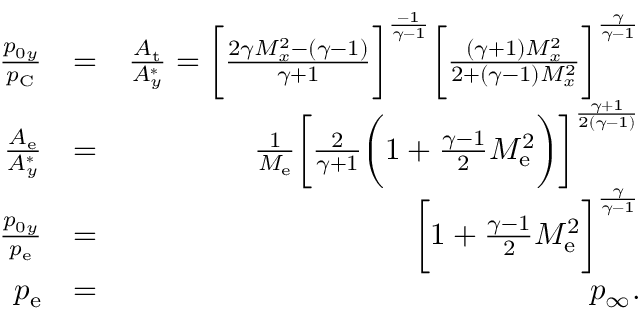
\begin{array} { r l r } { \frac { p _ { 0 y } } { p _ { \mathrm { C } } } } & { = } & { \frac { A _ { \mathrm { t } } } { A _ { y } ^ { * } } = \bigg [ \frac { 2 \gamma M _ { x } ^ { 2 } - ( \gamma - 1 ) } { \gamma + 1 } \bigg ] ^ { \frac { - 1 } { \gamma - 1 } } \bigg [ \frac { ( \gamma + 1 ) M _ { x } ^ { 2 } } { 2 + ( \gamma - 1 ) M _ { x } ^ { 2 } } \bigg ] ^ { \frac { \gamma } { \gamma - 1 } } } \\ { \frac { A _ { \mathrm { e } } } { A _ { y } ^ { * } } } & { = } & { \frac { 1 } { M _ { \mathrm { e } } } \bigg [ \frac { 2 } { \gamma + 1 } \bigg ( 1 + \frac { \gamma - 1 } { 2 } M _ { \mathrm { e } } ^ { 2 } \bigg ) \bigg ] ^ { \frac { \gamma + 1 } { 2 ( \gamma - 1 ) } } } \\ { \frac { p _ { 0 y } } { p _ { \mathrm { e } } } } & { = } & { \bigg [ 1 + \frac { \gamma - 1 } { 2 } M _ { \mathrm { e } } ^ { 2 } \bigg ] ^ { \frac { \gamma } { \gamma - 1 } } } \\ { p _ { \mathrm { e } } } & { = } & { p _ { \infty } . } \end{array}